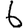
Digit: 6